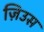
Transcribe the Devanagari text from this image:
ज़िउस